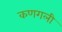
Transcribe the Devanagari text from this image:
कणगली